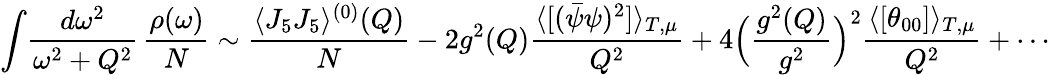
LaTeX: \int\! {\frac{d\omega^{2}}{\omega^{2}+Q^{2}}}\, {\frac{\rho(\omega)}{N}}\sim\frac{\langle J_{5}J_{5}\rangle^{(0)}(Q)}{N}-2g^{2}(Q){\frac{\langle[(\bar{\psi}\psi)^{2}]\rangle_{T,\mu}}{Q^{2}}}+4\Bigl({\frac{g^{2}(Q)}{g^{2}}}\Bigr)^{2}{\frac{\langle[\theta_{00}]\rangle_{T,\mu}}{Q^{2}}}+\cdots